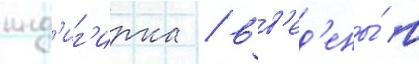
инд'иг'ирка / вв'ед'ены́ в